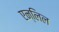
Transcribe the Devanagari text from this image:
एन्लिल